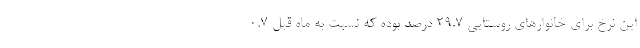
این نرخ برای خانوارهای روستایی ۲۹.۷ درصد بوده که نسبت به ماه قبل ۰.۷